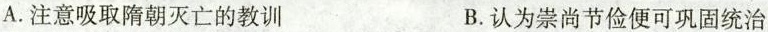
A.注意吸取隋朝灭亡的教训 B.认为崇尚节俭便可巩固统治